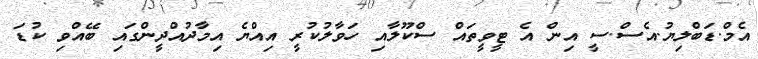
އެމް.ޑަބްލިޔު.އެސް.ސީ އިން އެ ޓީވީތައް ސްކޫލާއި ހަވާލުކުރީ އިއްޔެ އިމާދުއްދީންގައި ބޭއްވި ކުޑަ